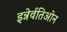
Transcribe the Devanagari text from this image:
इन्नेर्वतिओन